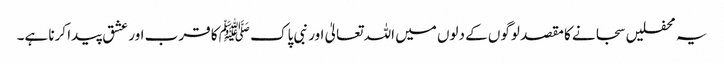
یہ محفلیں سجانے کا مقصد لوگوں کے دلوں میں اللہ تعالیٰ اور نبی پاک ﷺ کا قرب اور عشق پیدا کرنا ہے۔